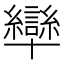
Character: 卛